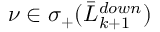
\nu \in \sigma _ { + } ( \bar { L } _ { k + 1 } ^ { d o w n } )